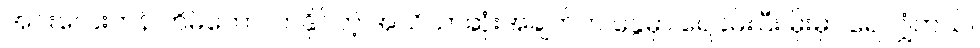
အင်းလေးကန် တိမ်ကောလာနိုင်တဲ့ အသိသာဆုံးအချက်က နွေမှာ ရေခမ်းပြီး မိုးမှာ ရေလျှံတယ်။